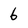
Character: 6